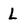
Character: L